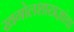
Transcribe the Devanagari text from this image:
खगोलशास्त्रज्ञांचा